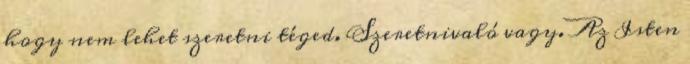
hogy nem lehet szeretni téged. Szeretnivaló vagy. Az Isten